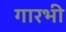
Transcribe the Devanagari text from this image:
गारभी